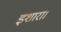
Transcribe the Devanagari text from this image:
इशारा।